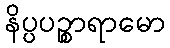
နိပ္ပပဉ္စာရာမော